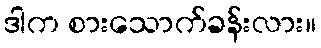
ဒါက စားသောက်ခန်းလား။